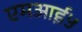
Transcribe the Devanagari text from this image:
एमआई५